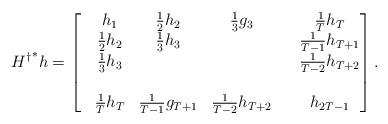
LaTeX: \begin{align*} {H^{\dagger}}^{*}h= \begin{bmatrix} &h_1 &\frac{1}{2}h_2 &\frac{1}{3}g_3 & &\frac{1}{T}h_T \\ &\frac{1}{2}h_2 &\frac{1}{3}h_3 & & &\frac{1}{T-1}h_{T+1} \\ &\frac{1}{3}h_3 & & & &\frac{1}{T-2}h_{T+2} \\ & & & & & \\ &\frac{1}{T}h_{T} &\frac{1}{T-1}g_{T+1} &\frac{1}{T-2}h_{T+2} & &h_{2T-1} \\ \end{bmatrix}.\end{align*}